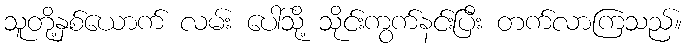
သူတို့နှစ်ယောက် လမ်း ပေါ်သို့ သိုင်းကွက်နင်းပြီး တက်လာကြသည်။